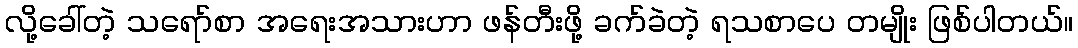
လို့ခေါ်တဲ့ သရော်စာ အရေးအသားဟာ ဖန်တီးဖို့ ခက်ခဲတဲ့ ရသစာပေ တမျိုး ဖြစ်ပါတယ်။